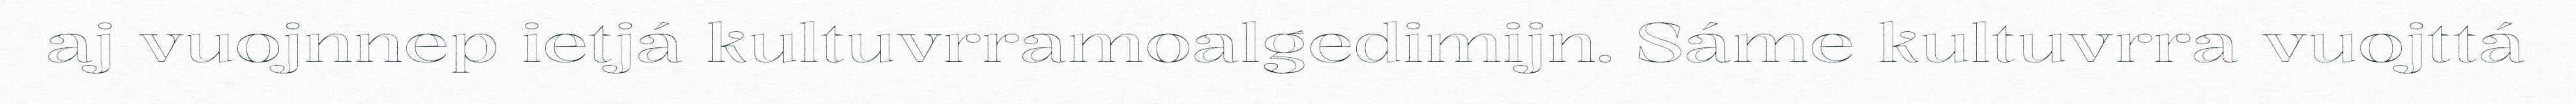
aj vuojnnep ietjá kultuvrramoalgedimijn. Sáme kultuvrra vuojttá